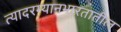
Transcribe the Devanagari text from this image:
त्यादरम्यानभारतातील